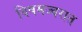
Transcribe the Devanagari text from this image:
विषमज्वरात